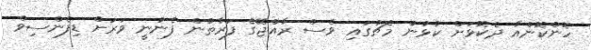
ހޮންކޮންއާ ދެކޮޅަށް ކުޅުނު މެޗުގައި ވެސް ރާއްޖޭގެ ފަރާތުން ފެނުނީ ވަރަށް ޑިފެންސިވް